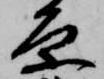
原